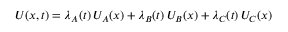
U ( { \boldsymbol { x } } , t ) = \lambda _ { A } ( t ) \, U _ { A } ( { \boldsymbol { x } } ) + \lambda _ { B } ( t ) \, U _ { B } ( { \boldsymbol { x } } ) + \lambda _ { C } ( t ) \, U _ { C } ( { \boldsymbol { x } } )